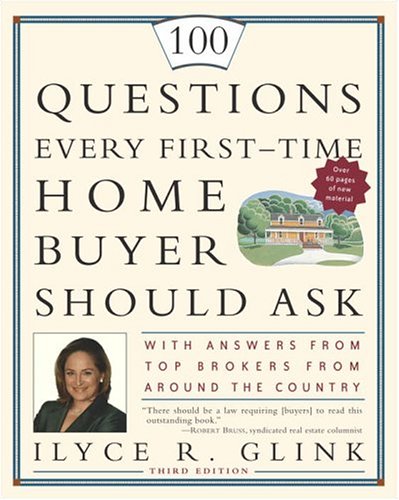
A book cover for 100 Questions Every First-Time Home Buyer Should Ask: With Answers from Top Brokers from Around the Country; Ilyce R. Glink; Business & Money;